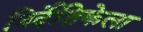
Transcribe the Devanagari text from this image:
निर्देशिकेला